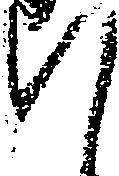
て